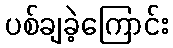
ပစ်ချခဲ့ကြောင်း